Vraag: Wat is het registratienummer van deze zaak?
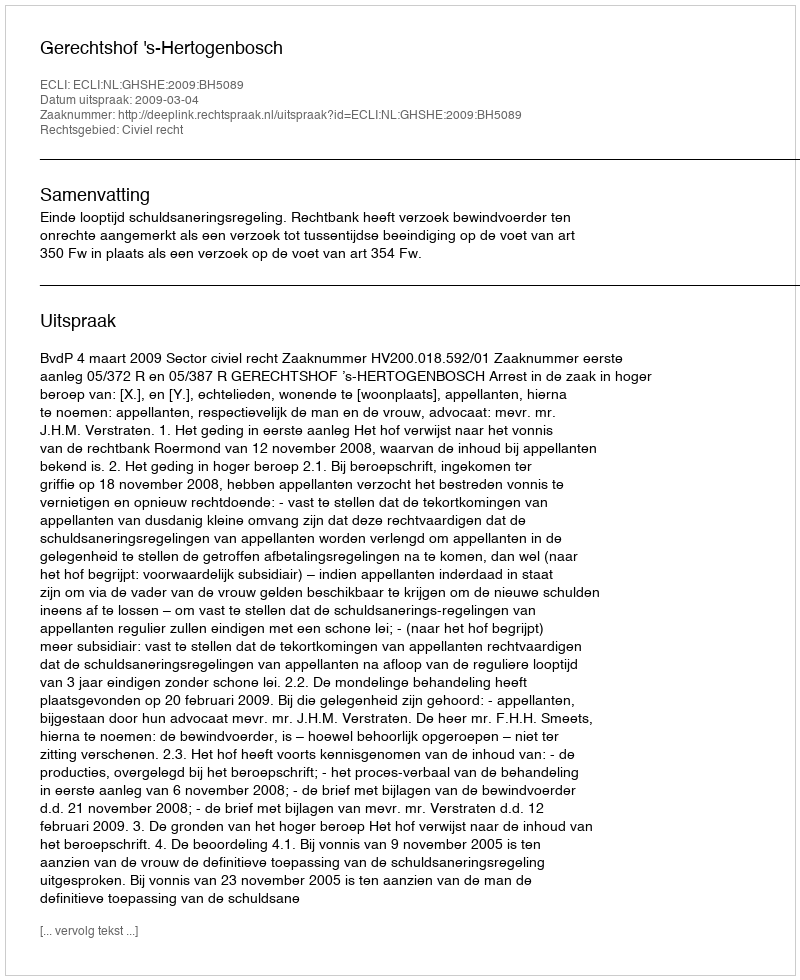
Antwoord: http://deeplink.rechtspraak.nl/uitspraak?id=ECLI:NL:GHSHE:2009:BH5089